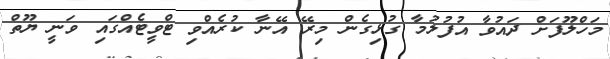
މަހްލޫފަށް ދައުވާ އުފުލުމާ ގުޅިގެން މިރޭ އޭނާ ކުރެއްވި ޓްވީޓެއްގައި ވަނީ ޔޫތް